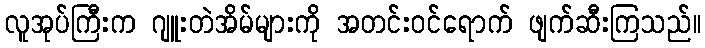
လူအုပ်ကြီးက ဂျူးတဲအိမ်များကို အတင်းဝင်ရောက် ဖျက်ဆီးကြသည်။